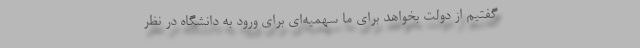
گفتیم از دولت بخواهد برای ما سهمیه‌ای برای ورود به دانشگاه در نظر